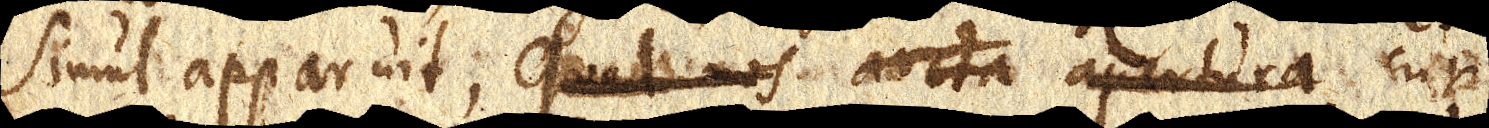
simul apparuit, quod nos aucta apertura cujus